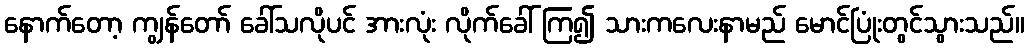
နောက်တော့ ကျွန်တော် ခေါ်သလိုပင် အားလုံး လိုက်ခေါ် ကြ၍ သားကလေးနာမည် မောင်ပြုံးတွင်သွားသည်။